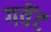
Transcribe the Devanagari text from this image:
गवेंट